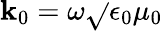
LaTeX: \mathbf{k}_{0}=\omega\sqrt{}{{\epsilon_{0}\mu_{0}}}